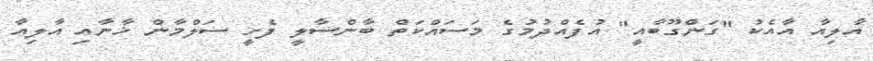
އާލިއާ އާއެކު "ގަންގޫބާއީ" އުފެއްދުމުގެ މަސައްކަތް ބާންސާލީ ފެށީ ސަލްމާން ޚާނާއި އާލިއާ